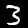
Label: 3